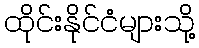
ထိုင်းနိုင်ငံများသို့